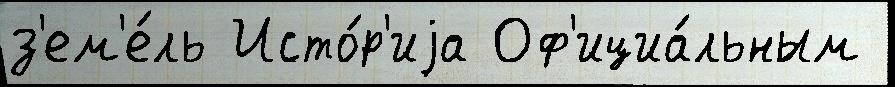
з'ем'е́ль Исто́р'иjа Оф'ициа́льным